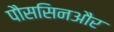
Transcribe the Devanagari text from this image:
पौससिनऔर